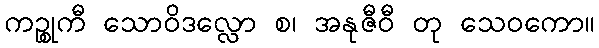
ကဉ္စုကီ သောဝိဒလ္လော စ၊ အနုဇီဝီ တု သေဝကော။